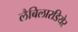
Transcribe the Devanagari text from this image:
लैबिलारडियेर